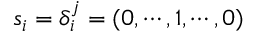
\boldsymbol { s } _ { i } = \delta _ { i } ^ { j } = ( 0 , \cdots , 1 , \cdots , 0 )